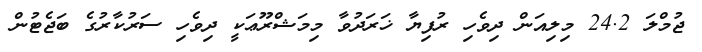
ޖުމްލަ 24.2 މިލިއަން ދިވެހި ރުފިޔާ ޚަރަދުވާ މިމަޝްރޫޢަކީ ދިވެހި ސަރުކާރުގެ ބަޖެޓުން